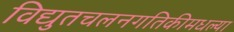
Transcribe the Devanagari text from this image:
विद्युतचलनगतिकीमधल्या